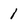
Character: 1